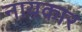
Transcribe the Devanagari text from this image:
नायकार